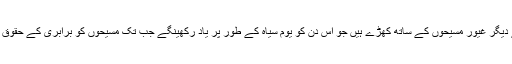
مگر ہم یورپ اور برطانیہ کے دیگر غیور مسیحوں کے ساتھ کھڑے ہیں جو اس دن کو یوم سیاہ کے طور پر یاد رکھینگے جب تک مسیحوں کو برابری کے حقوق عملی طور پر منتقل نہی ہوتے۔